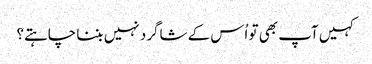
‏ کہیں آپ بھی تو اُس کے شاگرد نہیں بننا چاہتے؟